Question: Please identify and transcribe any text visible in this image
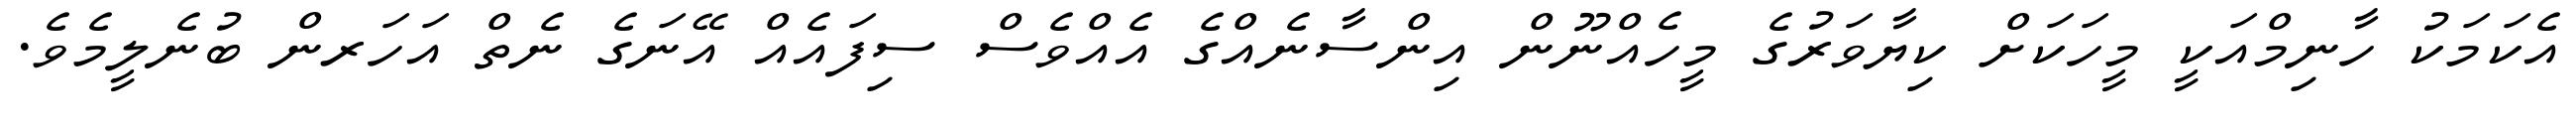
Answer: އެކަމަކު ހާނިމްއަކީ މީހަކަށް ކިޔާވަރުގެ މީހެއްނޫން އިންސާނެއްގެ އެއްވެސް ސިފައެއް އޭނަގެ ނެތް އަހަރން ބުނެލީމެވެ.